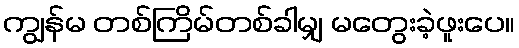
ကျွန်မ တစ်ကြိမ်တစ်ခါမျှ မတွေးခဲ့ဖူးပေ။